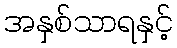
အနှစ်သာရနှင့်